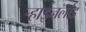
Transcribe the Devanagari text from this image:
ऱ्हाइनलांड